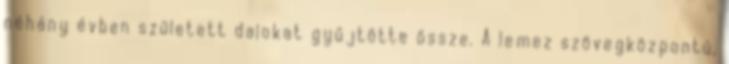
néhány évben született dalokat gyűjtötte össze. A lemez szövegközpontú,